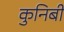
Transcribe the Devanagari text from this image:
कुनिबी